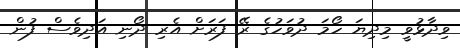
ވިދާޅުވީ މިދިޔަ ހޯމަ ދުވަހުގެ ރޭ ފަރަށް އެރި ދޯނި އަދިވެސް ފުން